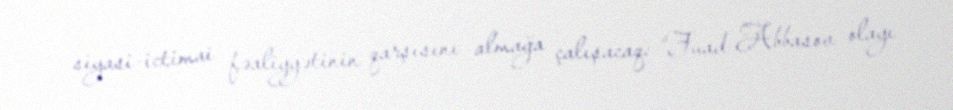
siyasi-ictimai fəaliyyətinin qarşısını almağa çalışacaq: “Fuad Abbasov olayı